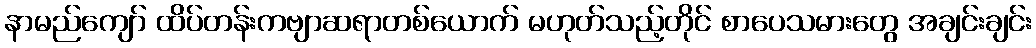
နာမည်ကျော် ထိပ်တန်းကဗျာဆရာတစ်ယောက် မဟုတ်သည့်တိုင် စာပေသမားတွေ အချင်းချင်း